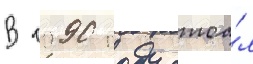
В 1990 году стоа́л